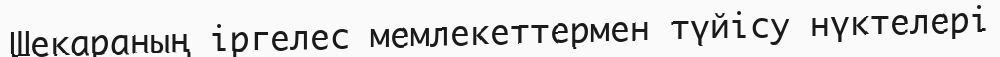
Шекараның іргелес мемлекеттермен түйісу нүктелері